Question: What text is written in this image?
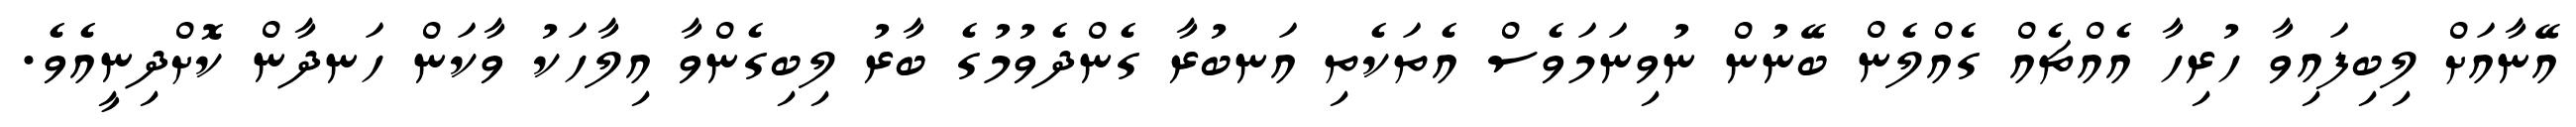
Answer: އޭނާއަށް ލިބިފައިވާ ހުރިހާ އެއްޗެއް ގެއްލެން ބޭނުން ނުވިނަމަވެސް އެތަކެތި އަނބުރާ ގެންދެވުމުގެ ބާރު ލިބިގެންވާ އިލާހަކު ވާކަން ހަނދާން ކޮށްދިނީއެވެ.